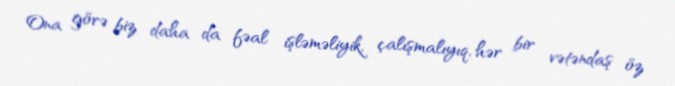
Ona görə biz daha da fəal işləməliyik, çalışmalıyıq, hər bir vətəndaş öz